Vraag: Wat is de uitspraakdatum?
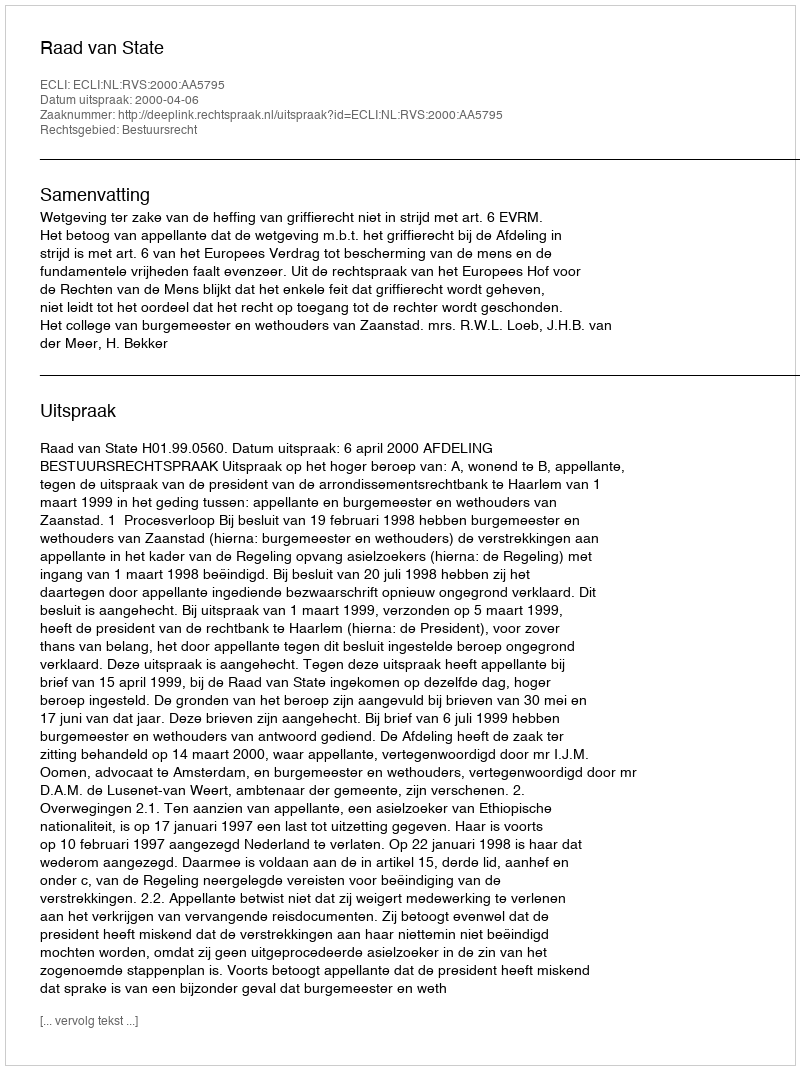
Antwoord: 2000-04-06